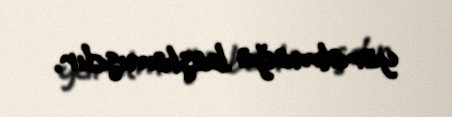
yaratmağa başlamışdır.